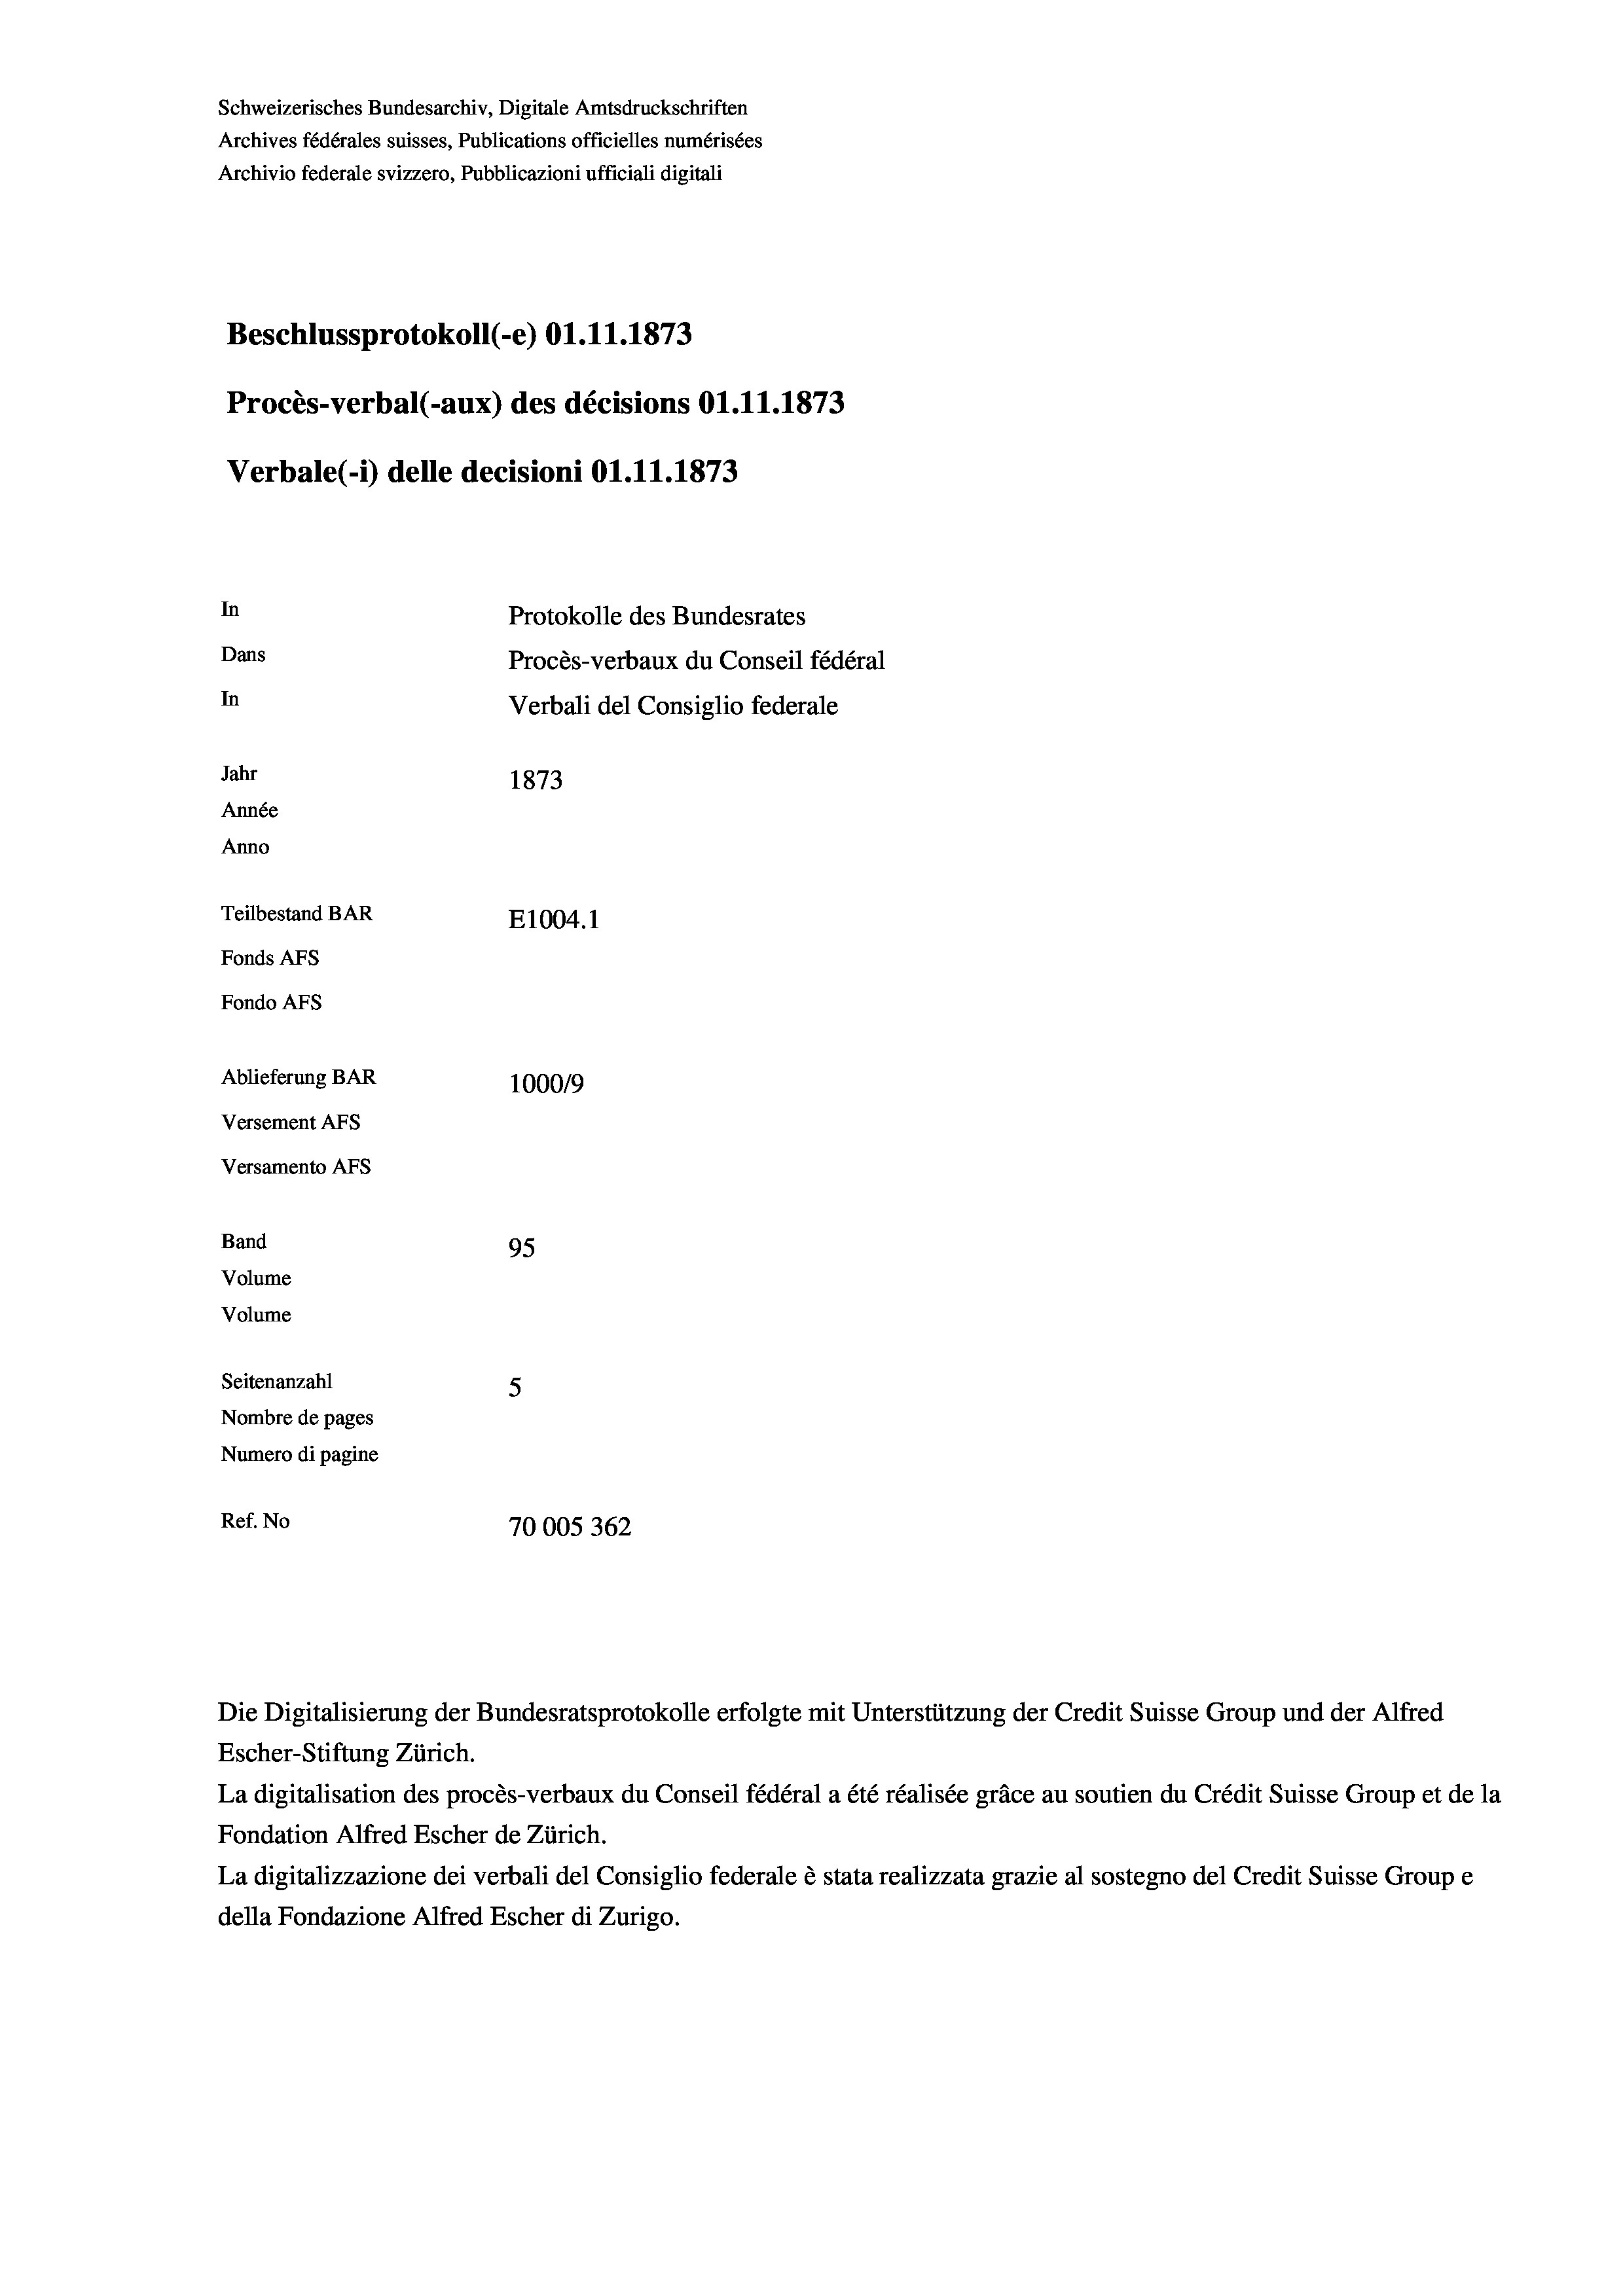
Schweizerisches Bundesarchiv, Digitale Amtsdruckschriften
Archives fédérales suisses, Publications officielles numérisées
Archivio federale svizzero, Pubblicazioni ufficiali digitali
Beschlussprotokoll (-e) O1.11.1873
Procès-verbal (-aux) des décisions Ol.11.1873
Verbale(-*) delle decisioni O1.11.1873
In
Protokolle des Bundesrates
Dans
Procès-verbaux du Conseil fédéral
In
Verbali del Consiglio federale
Jahr
1873
Année
Anno
Teilbestand BAR
E1004. 1
Fonds AFs
Fondo Afs
Ablieferung BAR
100019
Versement AFS

Versamento Afs
Band
Volume
Volume

95
Seitenanzahl
5
Nombre de pages
Numero di pagine
Ref. No
70005362

Die Digitalisierung der Bundesratsprotokolle erfolgte mit Unterstützung der Credit Suisse Group und der Alfred
Escher-Stiftung Zürich.
La digitalisation des procès-verbaux du Conseil fédéral a été réalisée gräce au soutien du Crédit Suisse Group et de la
Fondation Alfred Escher de Zürich.
La digitalizzazione dei verbali del Consiglio federale è stata realizzata grazie al sostegno del Credit Suisse Groupe
della Fondazione Alfred Escher di Zurigo.